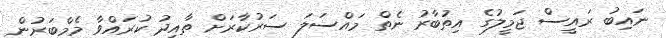
ނައިބު ރައީސް ޖަމީލުގެ އިތުބާރު ނެތް މައްސަލަ ސަރުކާރަށް ތާއީދު ކުރައްވާ މެމްބަރުން